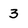
Character: 3